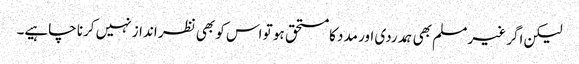
لیکن اگر غیر مسلم بھی ہمدردی اور مدد کا مستحق ہو تو اس کو بھی نظر انداز نہیں کرنا چاہیے۔